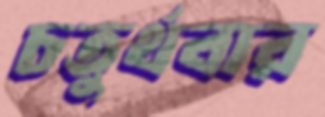
চতুর্থবার